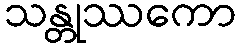
သန္တုဿကော